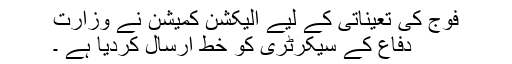
فوج کی تعیناتی کے لیے الیکشن کمیشن نے وزارت
دفاع کے سیکرٹری کو خط ارسال کردیا ہے ۔